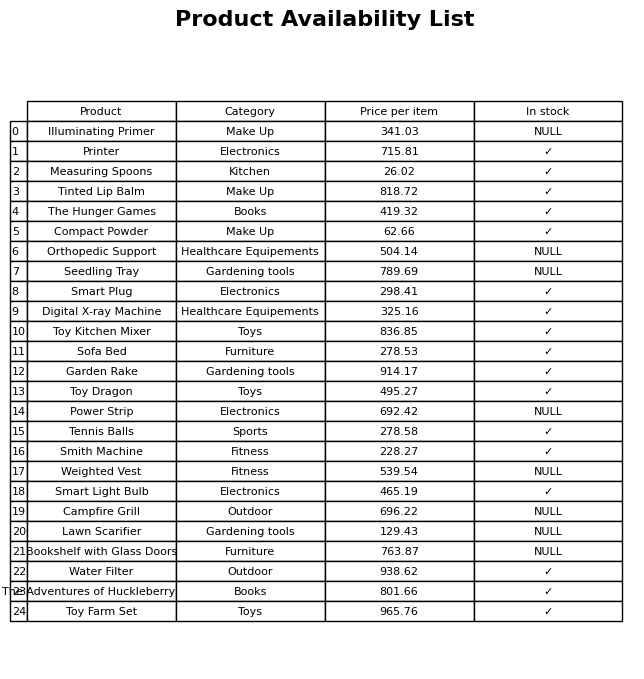
question: What is the price for Compact Powder?
answer: The price of Compact Powder is 62.66.